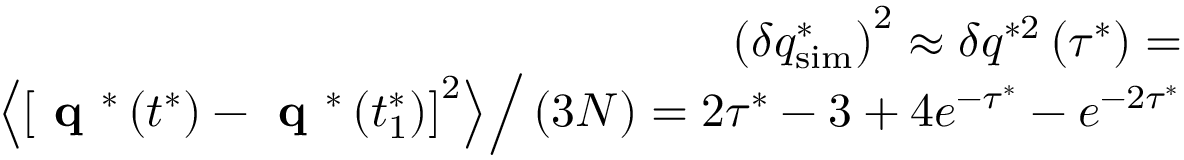
\begin{array} { r } { \left( \delta q _ { \mathrm { s i m } } ^ { * } \right) ^ { 2 } \approx \delta q ^ { * 2 } \left( \tau ^ { * } \right) = } \\ { \left. \left< \left[ \textbf { q } ^ { * } \left( t ^ { * } \right) - \textbf { q } ^ { * } \left( t _ { 1 } ^ { * } \right) \right] ^ { 2 } \right> \right/ \left( 3 N \right) = 2 \tau ^ { * } - 3 + 4 e ^ { - \tau ^ { * } } - e ^ { - 2 \tau ^ { * } } } \end{array}